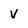
Character: V